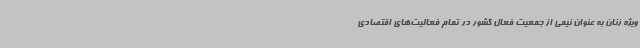
ویژه زنان به عنوان نیمی از جمعیت فعال کشور در تمام فعالیت‌های اقتصادی